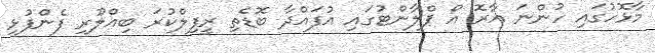
މާޅޮހުގައި ހުންނަ އާރޮ އޯ ޕްލާންޓުގައި އުފައްދާ ބޮޑެތި ރީފިލްކުރަ ބިއްލޫރި ފެންފުޅި